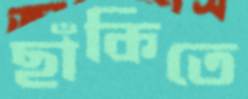
ছাঁকিতে